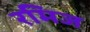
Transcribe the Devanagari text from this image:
रमिज